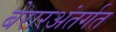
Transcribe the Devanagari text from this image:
बेरारअंतर्गत